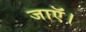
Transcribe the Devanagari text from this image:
जाऍं।